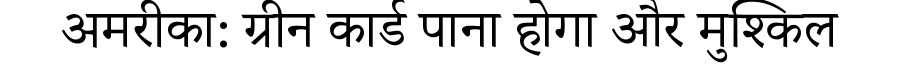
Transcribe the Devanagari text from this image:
अमरीका: ग्रीन कार्ड पाना होगा और मुश्किल